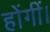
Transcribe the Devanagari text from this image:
होंगीं।